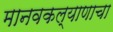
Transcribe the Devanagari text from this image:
मानवकल्याणाचा